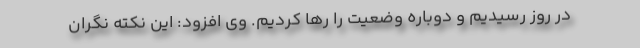
در روز رسیدیم و دوباره وضعیت را رها کردیم. وی افزود: این نکته نگران